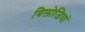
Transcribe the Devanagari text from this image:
बिलोजियां